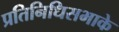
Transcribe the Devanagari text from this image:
प्रतिनिधिसभाके